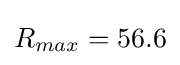
R_{max}=56.6